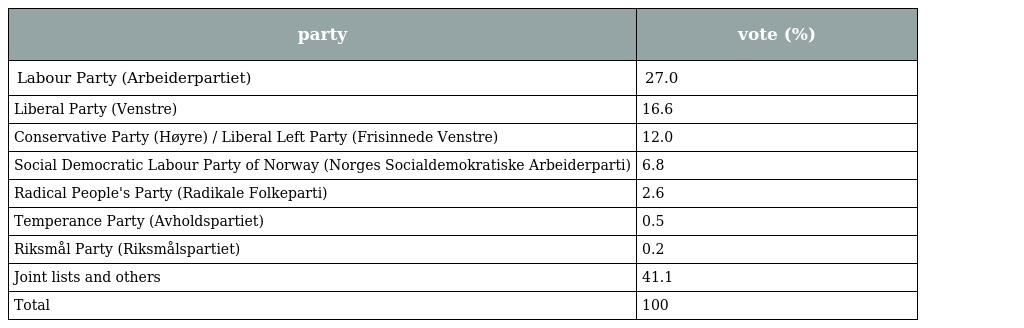
| party | vote (%) |
 | --- | --- |
 | Labour Party (Arbeiderpartiet) | 27.0 |
 | Liberal Party (Venstre) | 16.6 |
 | Conservative Party (Høyre) / Liberal Left Party (Frisinnede Venstre) | 12.0 |
 | Social Democratic Labour Party of Norway (Norges Socialdemokratiske Arbeiderparti) | 6.8 |
 | Radical People's Party (Radikale Folkeparti) | 2.6 |
 | Temperance Party (Avholdspartiet) | 0.5 |
 | Riksmål Party (Riksmålspartiet) | 0.2 |
 | Joint lists and others | 41.1 |
 | Total | 100 |